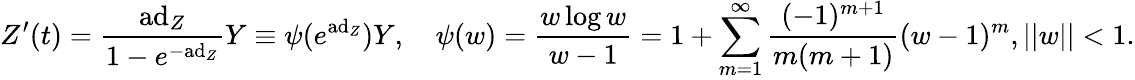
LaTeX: Z^{\prime}(t)={\frac{\mathrm{ad}_{Z}}{1-e^{-\mathrm{ad}_{Z}}}}Y\equiv\psi(e^{\mathrm{ad}_{Z}})Y,\quad\psi(w)={\frac{w\log w}{w-1}}=1+\sum_{m=1}^{\infty}{\frac{(-1)^{m+1}}{m(m+1)}}(w-1)^{m},||w||<1.